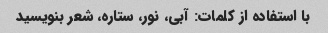
با استفاده از کلمات: آبی، نور، ستاره، شعر بنویسید